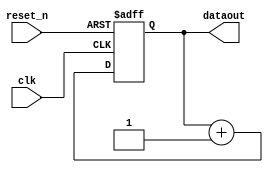
module counter(clk,reset_n,dataout);
input clk;
input reset_n;
output[1:0]dataout;
reg [1:0]counter_value;
always @(posedge clk,negedge reset_n) begin
    if(!reset_n)
    begin
        counter_value <= 2'b00;
    end
    else
    begin
        counter_value<=counter_value+2'b01;
    end
end
assign dataout = counter_value;
endmodule